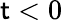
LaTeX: \mathsf{t}<0